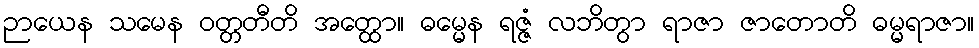
ဉာယေန သမေန ဝတ္တတီတိ အတ္ထော။ ဓမ္မေန ရဇ္ဇံ လဘိတွာ ရာဇာ ဇာတောတိ ဓမ္မရာဇာ။